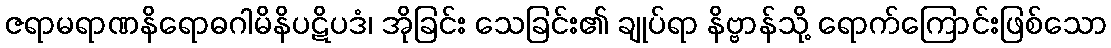
ဇရာမရာဏနိရောဓဂါမိနိပဋိပဒံ၊ အိုခြင်း သေခြင်း၏ ချုပ်ရာ နိဗ္ဗာန်သို့ ရောက်ကြောင်းဖြစ်သော